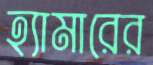
হ্যামারের